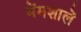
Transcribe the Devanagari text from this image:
मेंमशालें